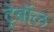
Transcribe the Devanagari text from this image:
ट्रेबॉल